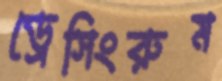
ড্রেসিংরুম